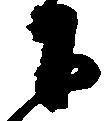
下